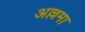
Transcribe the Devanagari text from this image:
अल्लमा